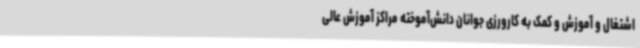
اشتغال و آموزش و کمک به کارورزی جوانان دانش‌آموخته مراکز آموزش عالی